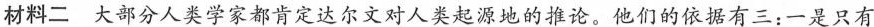
材料二 大部分人类学家都肯定达尔文对人类起源地的推论。他们的依据有三：一是只有